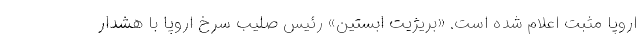
اروپا مثبت اعلام شده است. «بریژیت ابستین» رئیس صلیب سرخ اروپا با هشدار